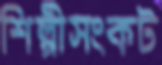
শিল্পীসংকট